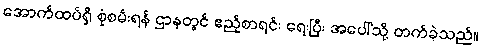
အောက်ထပ်ရှိ စုံစမ်းရန် ဌာနတွင် ဧည့်စာရင်း ရေးပြီး အပေါ်သို့ တက်ခဲ့သည်။